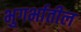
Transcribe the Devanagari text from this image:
भुगर्भातील